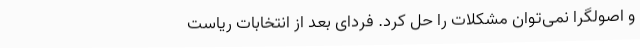
و اصولگرا نمی‌توان مشکلات را حل کرد. فردای بعد از انتخابات ریاست